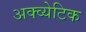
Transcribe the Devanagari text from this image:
अक्व्येटिक